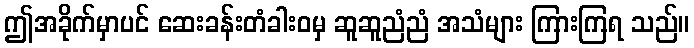
ဤအခိုက်မှာပင် ဆေးခန်းတံခါးဝမှ ဆူဆူညံညံ အသံများ ကြားကြရ သည်။